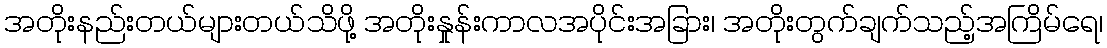
အတိုးနည်းတယ်များတယ်သိဖို့ အတိုးနှုန်းကာလအပိုင်းအခြား၊ အတိုးတွက်ချက်သည့်အကြိမ်ရေ၊